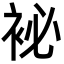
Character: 袐